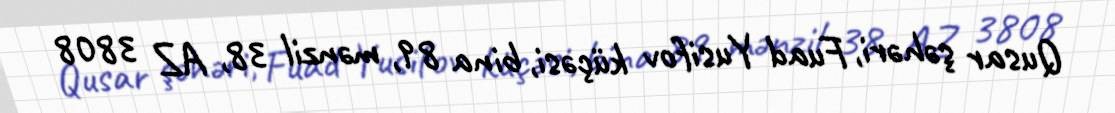
Qusar şəhəri, Fuad Yusifov küçəsi, bina 89, mənzil 38, AZ 3808